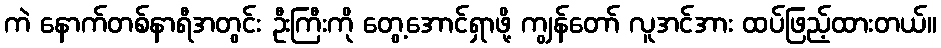
ကဲ နောက်တစ်နာရီအတွင်း ဦးကြီးကို တွေ့အောင်ရှာဖို့ ကျွန်တော် လူအင်အား ထပ်ဖြည့်ထားတယ်။